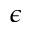
\epsilon